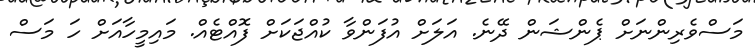
މަސްވެރިންނަށް ޕެންޝަން ދޭނެ. އަލަށް އުފަންވާ ކުއްޖަކަށް ފޮއްޓެއް. މައިމީހާއަށް ހަ މަސް